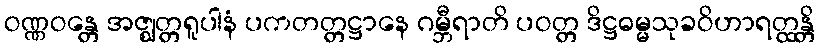
ဝဏ္ဏဝန္တေ အဇ္ဈတ္တရူပါနံ ပကတတ္တဋ္ဌာနေ ဂမ္ဘီရာတိ ပဝတ္တ ဒိဋ္ဌဓမ္မသုခဝိဟာရတ္ထန္တိ